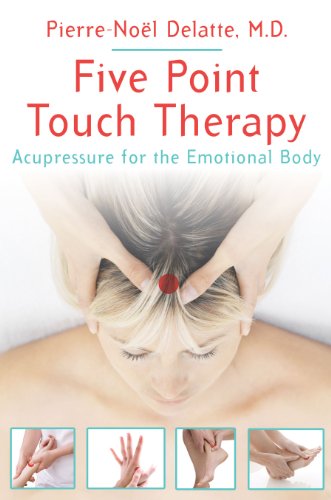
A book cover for Five Point Touch Therapy: Acupressure for the Emotional Body; Pierre-NoÃ«l Delatte M.D.; Health, Fitness & Dieting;